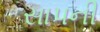
સાપની